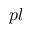
p l